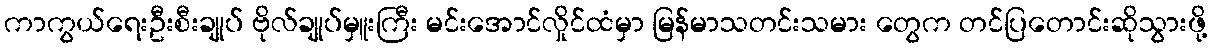
ကာကွယ်ရေးဦးစီးချုပ် ဗိုလ်ချုပ်မှူးကြီး မင်းအောင်လှိုင်ထံမှာ မြန်မာသတင်းသမား တွေက တင်ပြတောင်းဆိုသွားဖို့